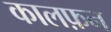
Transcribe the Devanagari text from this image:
कालफ़न